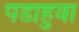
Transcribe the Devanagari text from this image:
पडाहुवा